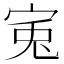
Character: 𡨘